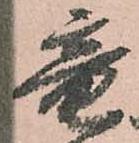
竜